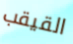
القيقب